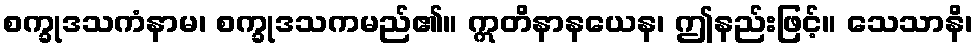
စက္ခုဒသကံနာမ၊ စက္ခုဒသကမည်၏။ ဣတိနာနယေန၊ ဤနည်းဖြင့်။ သေသာနိ၊